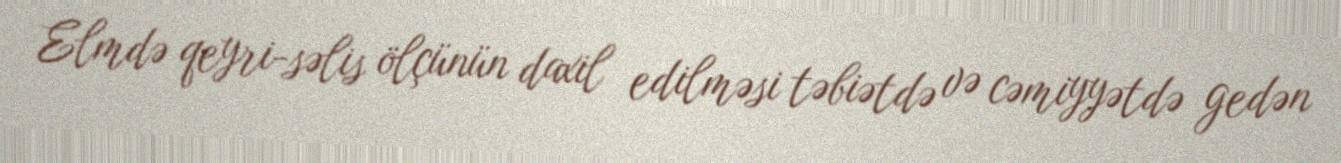
Elmdə qeyri-səlis ölçünün daxil edilməsi təbiətdə və cəmiyyətdə gedən